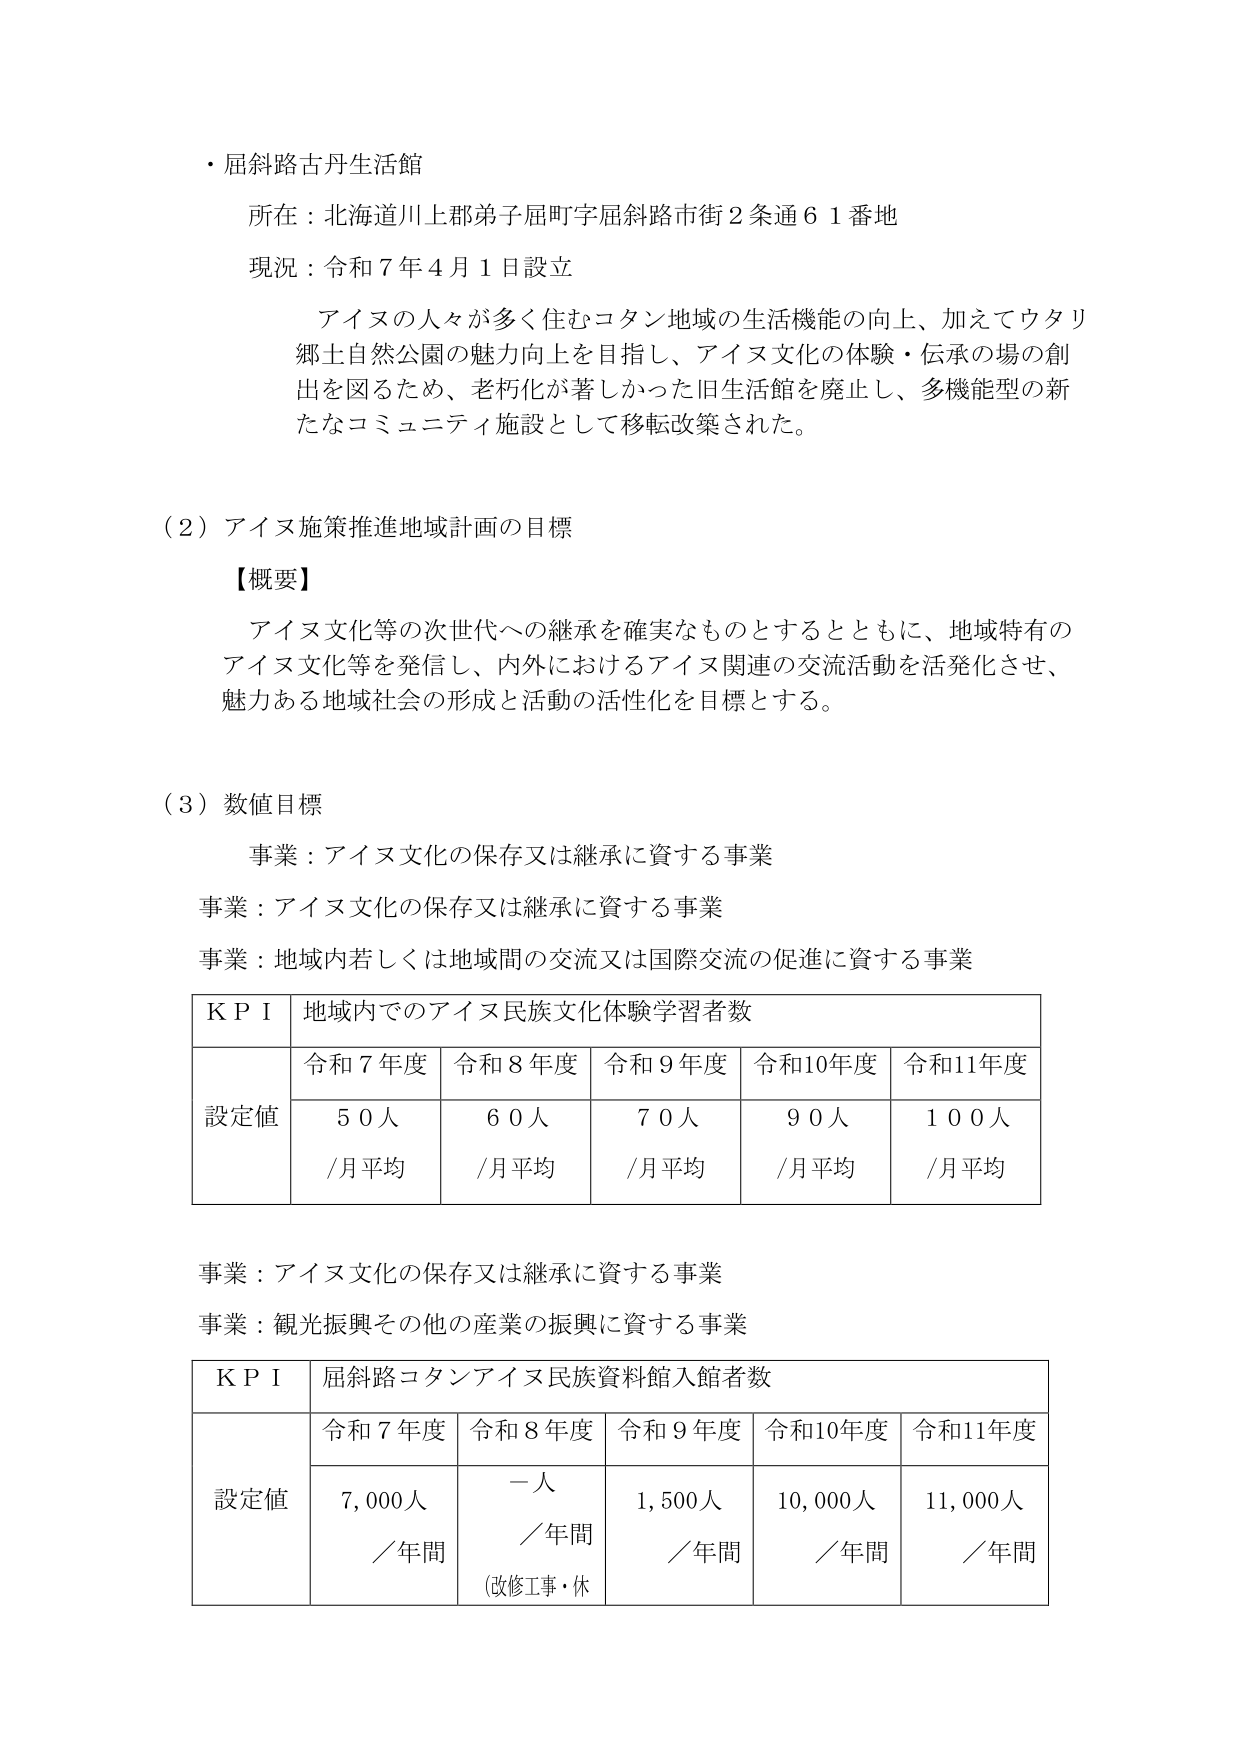
・屈斜路古丹生活館
所在：北海道川上郡弟子屈町字屈斜路市街２条通６１番地
現況：令和７年４月１日設立
アイヌの人々が多く住むコタン地域の生活機能の向上、加えてウタリ郷土自然公園の魅力向上を目指し、アイヌ文化の体験・伝承の場の創出を図るため、老朽化が著しかった旧生活館を廃止し、多機能型の新たなコミュニティ施設として移転改築された。

（２）アイヌ施策推進地域計画の目標
【概要】
アイヌ文化等の次世代への継承を確実なものとするとともに、地域特有のアイヌ文化等を発信し、内外におけるアイヌ関連の交流活動を活発化させ、魅力ある地域社会の形成と活動の活性化を目標とする。

（３）数値目標
事業：アイヌ文化の保存又は継承に資する事業
事業：アイヌ文化の保存又は継承に資する事業
事業：地域内若しくは地域間の交流又は国際交流の促進に資する事業

ＫＰＩ 地域内でのアイヌ民族文化体験学習者数
　　　令和７年度　令和８年度　令和９年度　令和10年度　令和11年度
設定値　５０人　　　６０人　　　７０人　　　９０人　　　１００人
　　　／月平均　　／月平均　　／月平均　　／月平均　　／月平均

事業：アイヌ文化の保存又は継承に資する事業
事業：観光振興その他の産業の振興に資する事業

ＫＰＩ 屈斜路コタンアイヌ民族資料館入館者数
　　　令和７年度　令和８年度　令和９年度　令和10年度　令和11年度
設定値　７,０００人　一人　　　１,５００人　１０,０００人　１１,０００人
　　　／年間　　／年間　　／年間　　／年間　　／年間
　　　　　　　（改修工事・休）